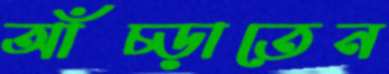
আঁচ্‌ড়াতেন